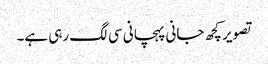
تصویر کچھ جانی پہچانی سی لگ رہی ہے۔